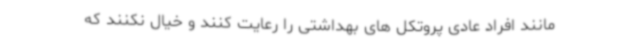
مانند افراد عادی پروتکل های بهداشتی را رعایت کنند و خیال نکنند که